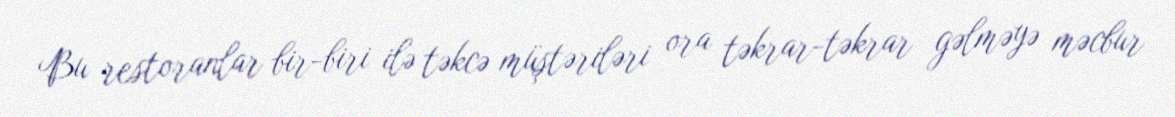
Bu restoranlar bir-biri ilə təkcə müştəriləri ora təkrar-təkrar gəlməyə məcbur